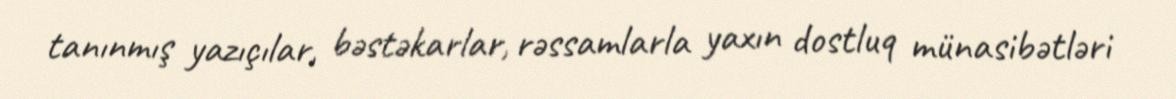
tanınmış yazıçılar, bəstəkarlar, rəssamlarla yaxın dostluq münasibətləri